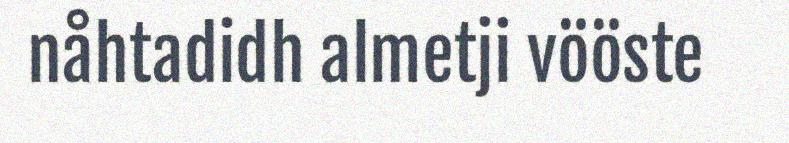
nåhtadidh almetji vööste